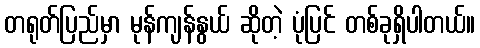
တရုတ်ပြည်မှာ မုန်ကျန်နွယ် ဆိုတဲ့ ပုံပြင် တစ်ခုရှိပါတယ်။